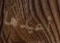
أعيدها